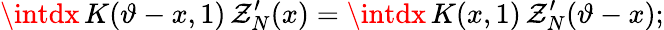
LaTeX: \intdx\, K(\vartheta-x,1)\, \mathcal{Z}_{N}^{\prime}(x)=\intdx\, K(x,1)\, \mathcal{Z}_{N}^{\prime}(\vartheta-x);